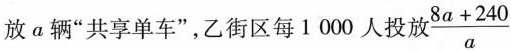
投放α辆”共享单车”，乙街区每1000人投放 $$\frac { 8 a + 2 4 0 } { a }$$